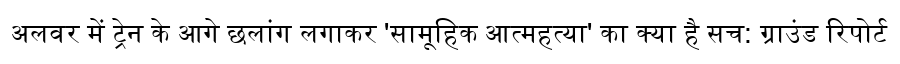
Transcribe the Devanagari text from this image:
अलवर में ट्रेन के आगे छलांग लगाकर 'सामूहिक आत्महत्या' का क्या है सच: ग्राउंड रिपोर्ट